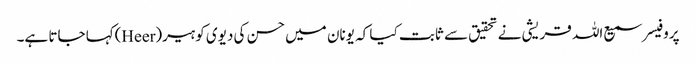
پروفیسر سمیع اللہ قریشی نے تحقیق سے ثابت کیا کہ یونان میں حسن کی دیوی کو ہیر(Heer)کہا جاتا ہے۔